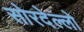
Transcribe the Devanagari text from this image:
सोरदेल्लो